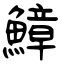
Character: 鱆